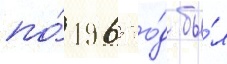
по́ 1965 го́д бы́л